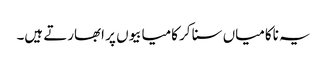
یہ ناکامیاں سنا کر کامیابیوں پر ابھارتے ہیں۔